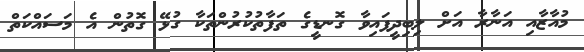
މުއާޒާއި އަނާރާ އަށް ލިބިދީފައިވާ ގޮނޑީގެ ތަފާތުކުރުންތަކާ ގުޅޭ ގޮތުން އެ މަސައްކަތް